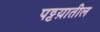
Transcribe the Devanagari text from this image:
पट्टय़ातील